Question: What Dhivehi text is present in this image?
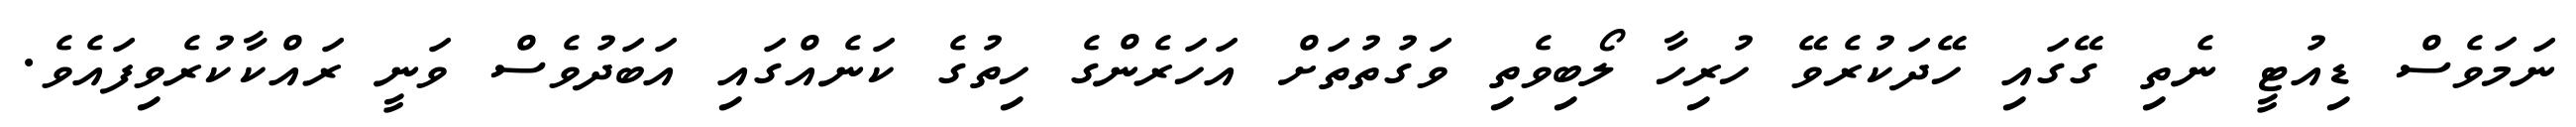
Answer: ނަމަވެސް ޑިއުޓީ ނެތި ގޭގައި ހޭދަކުރެވޭ ހުރިހާ ލޯބިވެތި ވަގުތުތަށް އަހަރެންގެ ހިތުގެ ކަނެއްގައި އަބަދުވެސް ވަނީ ރައްކާކުރެވިފައެވެ.